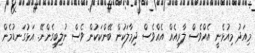
މިއަދު މިއުޅެނީ އެއްވެސް ލާރިއެއް އެއްވެސް ދިމާލަކުން ބޭންކަކުން ވެސް ނުލިބިގެންނޭ. އަޅުގަނޑުމެން